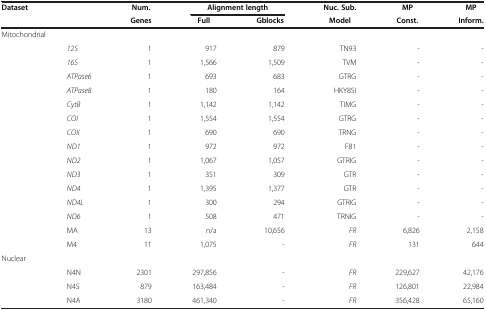
<table><thead><tr><td><b>Dataset</b></td><td><b> </b></td><td><b>Num.</b></td><td colspan="2"><b>Alignment length</b></td><td><b>Nuc. Sub.</b></td><td><b>MP</b></td><td><b>MP</b></td></tr><tr><td><b> </b></td><td><b> </b></td><td><b>Genes</b></td><td><b>Full</b></td><td><b>Gblocks</b></td><td><b>Model</b></td><td><b>Const.</b></td><td><b>Inform.</b></td></tr></thead><tbody><tr><td colspan="8">Mitochondrial</td></tr><tr><td> </td><td><i>12S</i></td><td>1</td><td>917</td><td>879</td><td>TN93</td><td>-</td><td>-</td></tr><tr><td> </td><td><i>16S</i></td><td>1</td><td>1,566</td><td>1,509</td><td>TVM</td><td>-</td><td>-</td></tr><tr><td> </td><td><i>ATPase6</i></td><td>1</td><td>693</td><td>683</td><td>GTRG</td><td>-</td><td>-</td></tr><tr><td> </td><td><i>ATPase8</i></td><td>1</td><td>180</td><td>164</td><td>HKY85I</td><td>-</td><td>-</td></tr><tr><td> </td><td><i>CytB</i></td><td>1</td><td>1,142</td><td>1,142</td><td>TIMG</td><td>-</td><td>-</td></tr><tr><td> </td><td><i>COI</i></td><td>1</td><td>1,554</td><td>1,554</td><td>GTRG</td><td>-</td><td>-</td></tr><tr><td> </td><td><i>COII</i></td><td>1</td><td>690</td><td>690</td><td>TRNG</td><td>-</td><td>-</td></tr><tr><td> </td><td><i>ND1</i></td><td>1</td><td>972</td><td>972</td><td>F81</td><td>-</td><td>-</td></tr><tr><td> </td><td><i>ND2</i></td><td>1</td><td>1,067</td><td>1,057</td><td>GTRIG</td><td>-</td><td>-</td></tr><tr><td> </td><td><i>ND3</i></td><td>1</td><td>351</td><td>309</td><td>GTR</td><td>-</td><td>-</td></tr><tr><td> </td><td><i>ND4</i></td><td>1</td><td>1,395</td><td>1,377</td><td>GTR</td><td>-</td><td>-</td></tr><tr><td> </td><td><i>ND4L</i></td><td>1</td><td>300</td><td>294</td><td>GTRIG</td><td>-</td><td>-</td></tr><tr><td> </td><td><i>ND6</i></td><td>1</td><td>508</td><td>471</td><td>TRNIG</td><td>-</td><td>-</td></tr><tr><td> </td><td>MA</td><td>13</td><td>n/a</td><td>10,656</td><td><i>FR</i></td><td>6,826</td><td>2,158</td></tr><tr><td> </td><td>M4</td><td>11</td><td>1,075</td><td>-</td><td><i>FR</i></td><td>131</td><td>644</td></tr><tr><td colspan="8">Nuclear</td></tr><tr><td> </td><td>N4N</td><td>2301</td><td>297,856</td><td>-</td><td><i>FR</i></td><td>229,627</td><td>42,176</td></tr><tr><td> </td><td>N4S</td><td>879</td><td>163,484</td><td>-</td><td><i>FR</i></td><td>126,801</td><td>22,984</td></tr><tr><td> </td><td>N4A</td><td>3180</td><td>461,340</td><td>-</td><td><i>FR</i></td><td>356,428</td><td>65,160</td></tr></tbody></table>